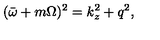
( \bar { \omega } + m \Omega ) ^ { 2 } = k _ { z } ^ { 2 } + q ^ { 2 } ,